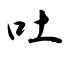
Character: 吐